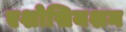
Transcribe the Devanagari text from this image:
एशोसियशन